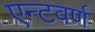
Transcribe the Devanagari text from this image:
एन्टवर्ण